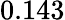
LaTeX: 0.143